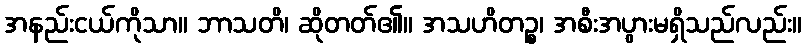
အနည်းငယ်ကိုသာ။ ဘာသတိ၊ ဆိုတတ်၏။ အသဟိတဉ္စ၊ အစီးအပွားမရှိသည်လည်း။